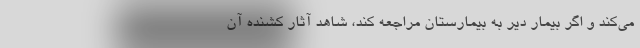
می‌کند و اگر بیمار دیر به بیمارستان مراجعه کند، شاهد آثار کشنده آن